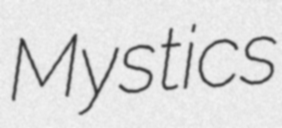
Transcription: Mystics